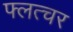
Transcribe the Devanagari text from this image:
फ्लत्चर